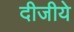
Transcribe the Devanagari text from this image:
दीजीये